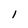
Character: 1